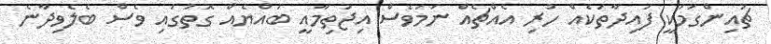
ޗުއިންގަމަކީ ފައިދާތަކެއް ހުރި އެއްޗެއް ނަމަވެސް އިޖުތިމާއީ ބައްޔެއް ގޮތުގައި ވެސް ބެލެވިދާނެ